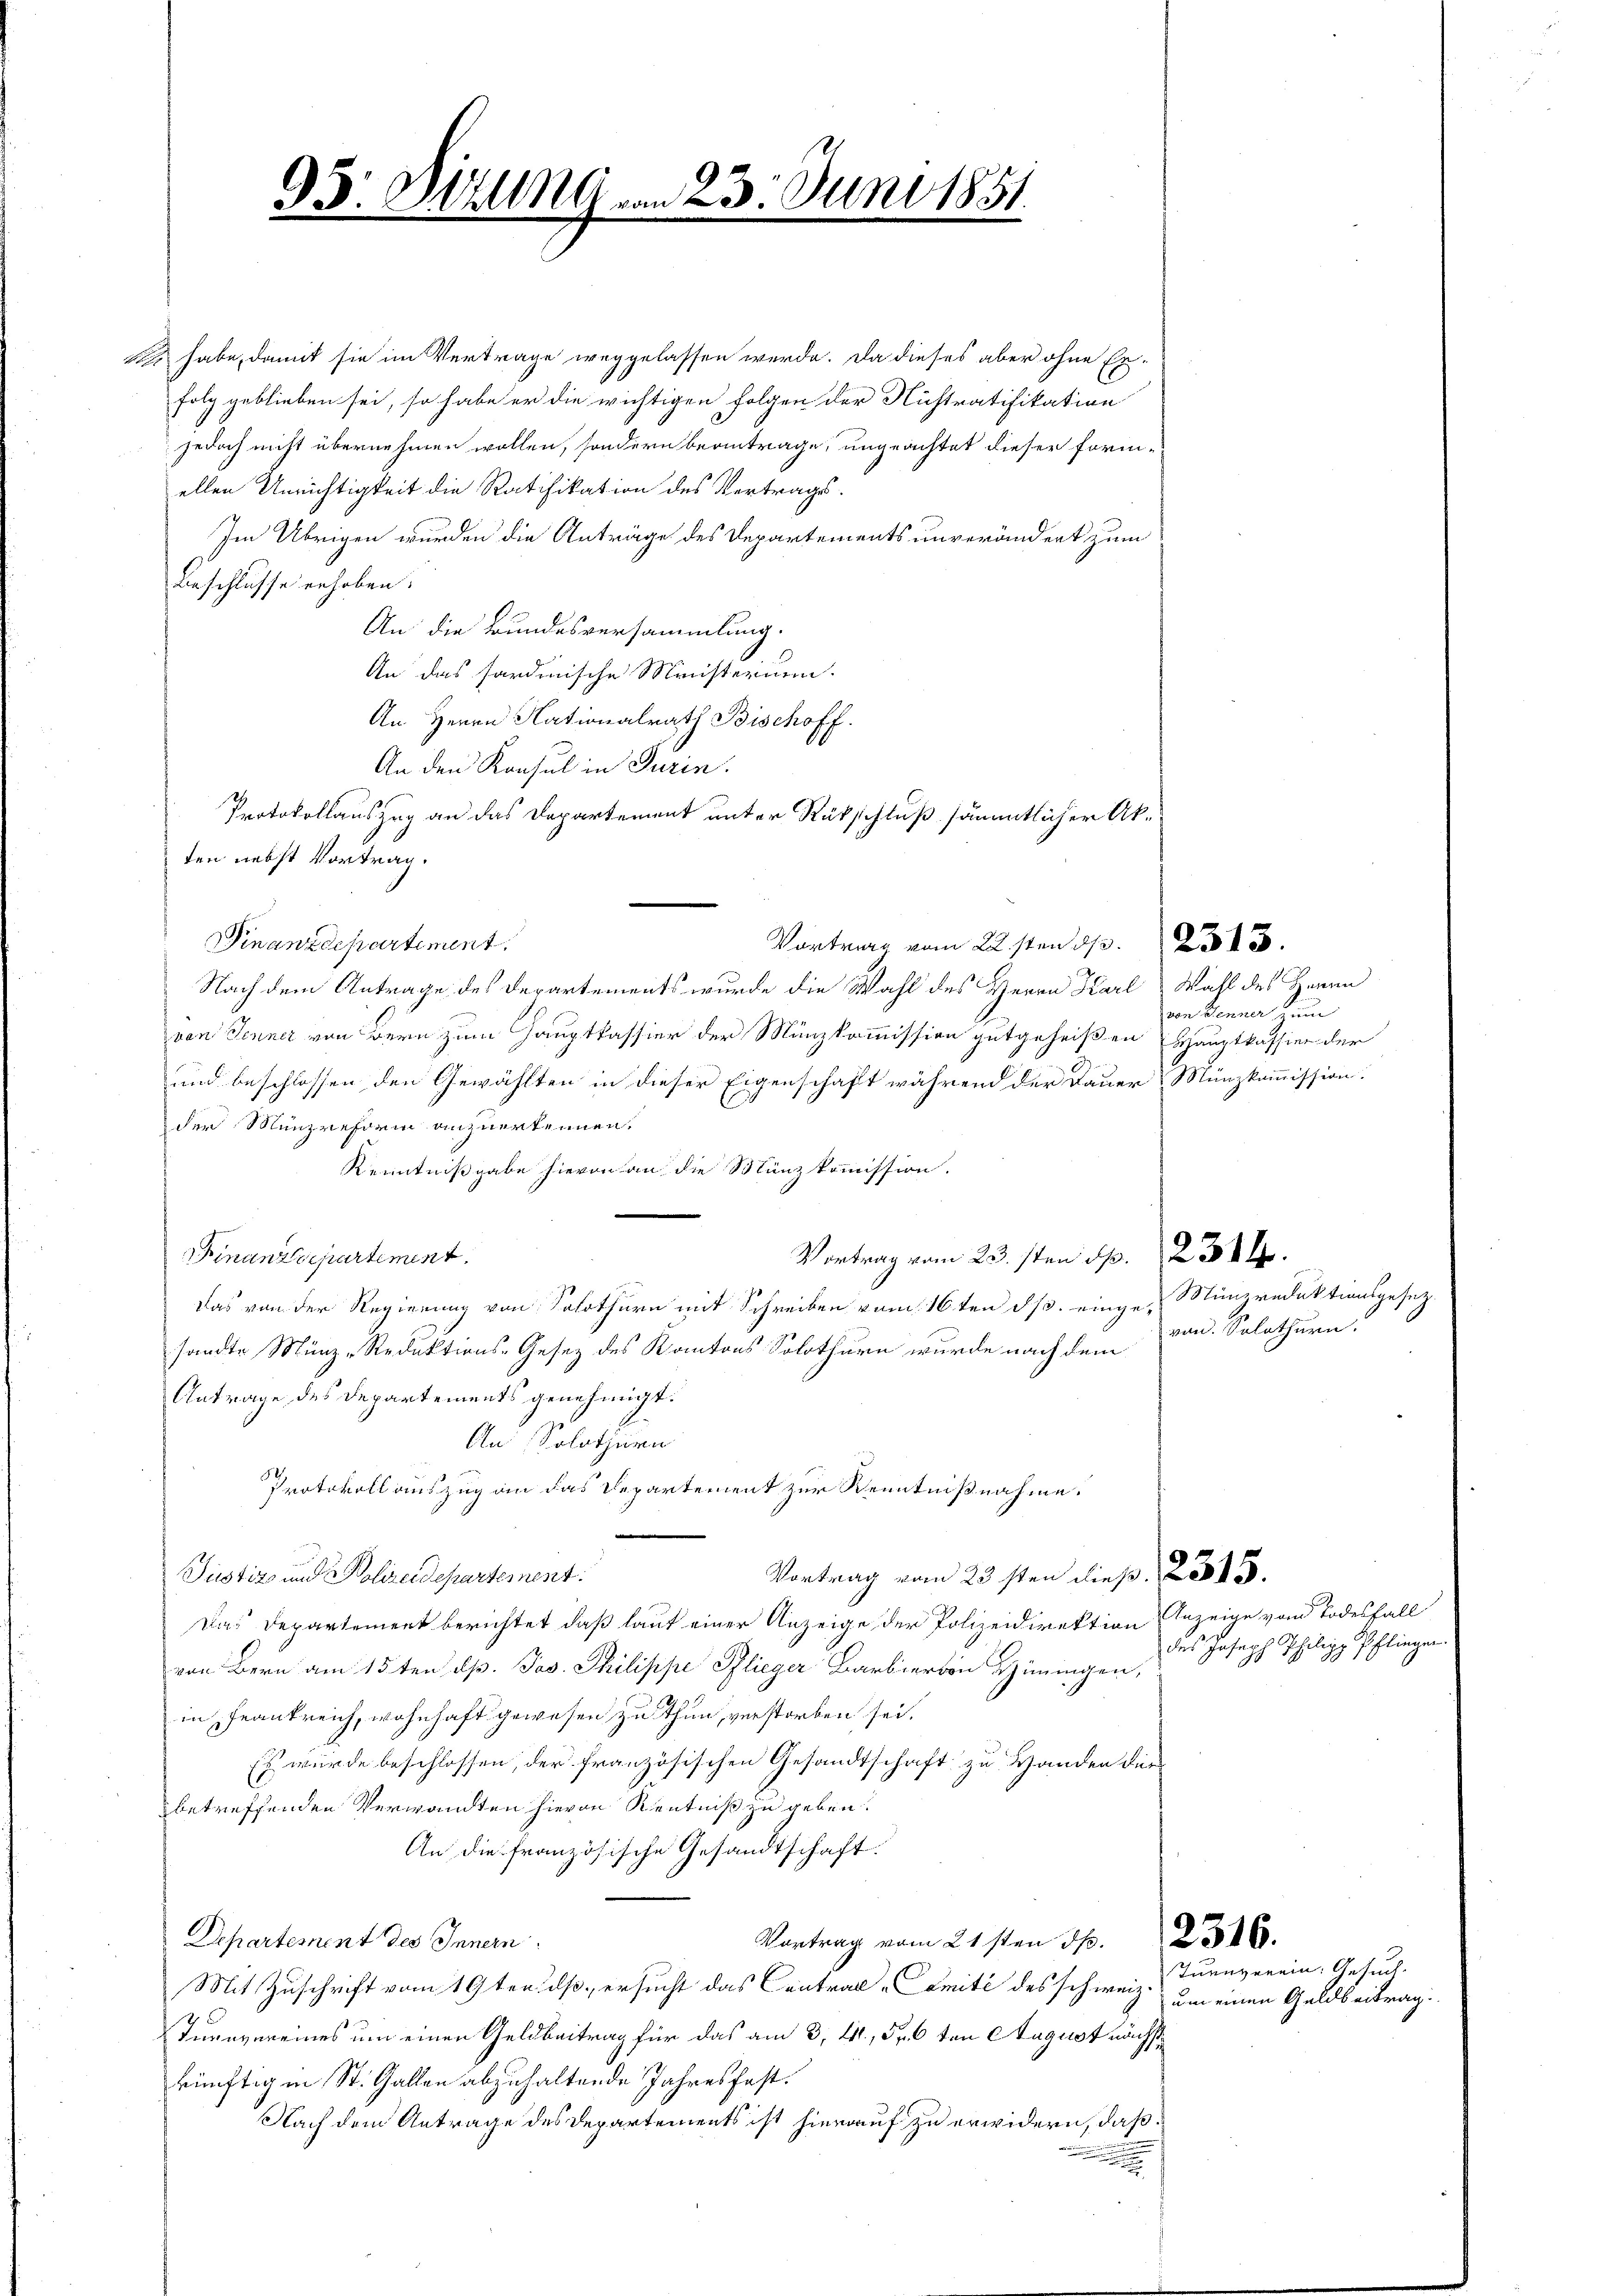
95. Sitzung.

z habe, damit sie im Vertrage weggelassen werde. Da dieses aber ohne Er-
folg geblieben sei, so habe er die wichtigen Folgen der Nichtratifikation
jedoch nicht übernehmen wollen, sondern beantrage, ungeachtet dieser formellen Unrichtigkeit die Ratifikation des Vertrags-
Im Übrigen wurden die Anträge des Departements unverändert zum
Beschlusse erhoben.
An die Bundesversammlung.
An das sardinische Ministerium.
An Herrn Nationalrath Bischoff.
An den Konsul in Turin.
Protokollauszug an das Departement unter Rückschluß sämmtlicher Akten nebst Vortrag.
Finanzdepartement.
Nach dem Antrage des Departements wurde die Wahl des Herrn Karl
von Jenner von Bern zum Hauptkassier der Münzkommission gutgeheißen Hauptkassien der
und beschlossen den Gewählten in dieser Eigenschaft während der Dauer Münzkommission.
der Münzreform anzuerkennen.
Kenntnißgabe hievon an die Münzkommission.
Finanzdepartement
Vortrag vom 23. sten d. 234.
Das von der Regierung von Solothurn mit Schreiben vom 16ten ds. einge-Nunzredaktionsgesez
sandte Münz-Reduktions-Gesetz des Kantons Solothurn wurde nach dem
Antrage des Departements genehmigt.
An Solothurn
Protokoll auszug an das Departement zur Kenntnißnahme.
u
Vortrag vom 23sten dieß. 2515.
Justiz und Polizeidepartement.
Das Departement berichtet, daß laut einer Anzeige der Polizeidirektion Anzeige vom Todesfall
von Bern am 15ten d. Jos. Philippe Pflieger Barbiervon Hüningen,
in Frankreich, wohnhaft gewesen zu thun, verstorben sei.
Es würde beschlossen, der französischen Gesandtschaft zu Handen diebetreffenden Verwandten hievon Kenntniß zu geben.
An die französische Gesandtschaft.
Departement des Innern
Vortrag vom 21sten d. 316.
Mit Zuschrift vom 19ten ds ersucht das Contral-Comité des schweiz.
Turnvereines um einen Geldbeitrag für das am 3. 441, Fr. 6 ten August nächst
künftig in St. Gallen abzuhaltende Jahresfest.
Nach dem Antrage des Departements ist hierauf zu erwidern, daß
n

23. Juni 1851

Vortrag vom 22sten d. 13.

Wahl des Herren
von Jenner zum

von. Solothurn.

des Joseph Philipp Pfliegen.

Turnverein. Gesuch
um einen Geldbeitrag.